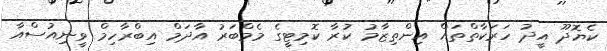
ކެޔޮދޫ އީދު ހަރަކާތްތައް އިންތިޒާމު ކުރާ ކޮމިޓީގެ މެމްބަރު އާދަމް އިބްރާހިމް ވީނިއުސްއާ